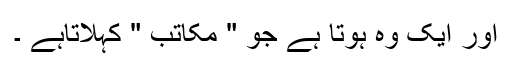
اور ایک وہ ہوتا ہے جو " مکاتب " کہلاتاہے ۔